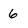
Character: 6